Annual report on the working of the mental hospitals in the Madras Presidency - 1912-1932
Year: 1912
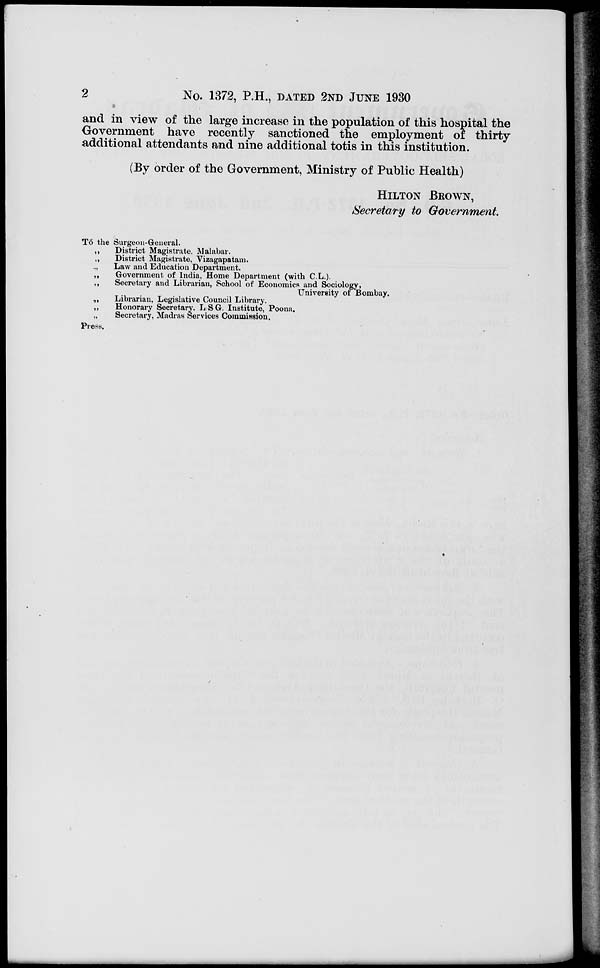
2
No. 1372, P.H., DATED 2ND JUNE 1930
and in view of the large increase in the population of this hospital the
Government have recently sanctioned the employment of thirty
additional attendants and nine additional totis in this institution.
(By order of the Government, Ministry of Public Health)
HILTON BROWN,
Secretary to Government.
To the Surgeon-General.
„
District Magistrate, Malabar.
„
District Magistrate, Vizagapatam.
„
Law and Education Department.
„
Government of India, Home Department (with C.L.).
„
Secretary and Librarian, School of Economics and Sociology,
University of Bombay.
„
Librarian, Legislative Council Library.
„
Honorary Secretary. L.SG. Institute, Poona.
„
Secretary, Madras Services Commission.
Press.